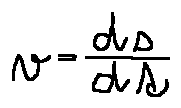
v = \frac { d s } { d t }